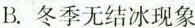
B.冬季无结冰现象